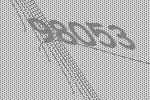
98053